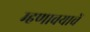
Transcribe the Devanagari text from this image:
म्हणावयाचें